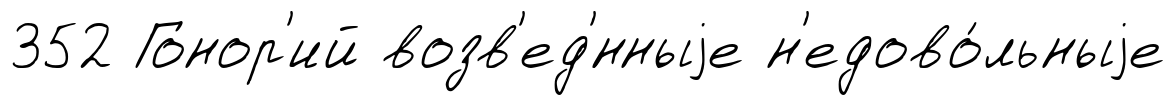
352 Гонор'ий возв'ед'́нныjе н'едово́льныjе